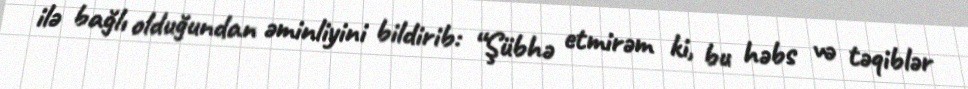
ilə bağlı olduğundan əminliyini bildirib: “Şübhə etmirəm ki, bu həbs və təqiblər